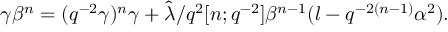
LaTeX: \gamma \beta ^ { n } = ( q ^ { - 2 } \gamma ) ^ { n } \gamma + \hat { \lambda } / q ^ { 2 } [ n ; q ^ { - 2 } ] \beta ^ { n - 1 } ( l - q ^ { - 2 ( n - 1 ) } \alpha ^ { 2 } ) .